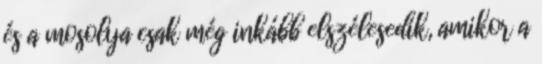
és a mosolya csak még inkább elszélesedik, amikor a